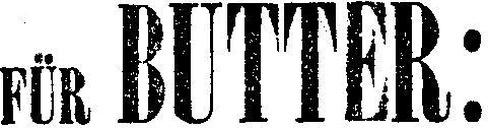
FÜR BUTTER: